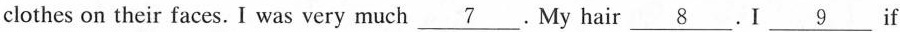
clothes on their faces. I was very much \underline{7}.My hair \underline{8}.I \underline{9} if